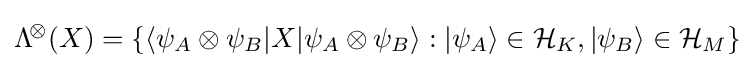
\mathrm {\Lambda } ^{\!\otimes }\!\left(X\right)=\left\{{\langle \psi _{A}\otimes \psi _{B}|}X{|\psi _{A}\otimes \psi _{B}\rangle }:{|\psi _{A}\rangle }\in {\mathcal {H}}_{K},{|\psi _{B}\rangle }\in {\mathcal {H}}_{M}\right\}